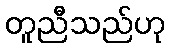
တူညီသည်ဟု